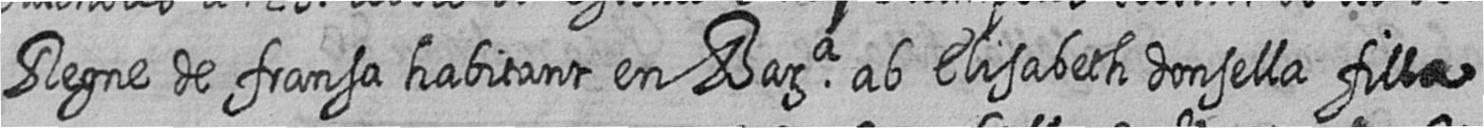
Regne de fransa habitant en Bara ab Elisabeth donsella filla